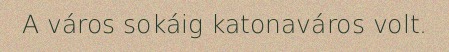
A város sokáig katonaváros volt.